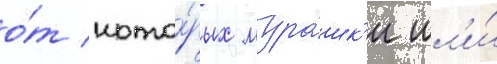
о́т кото́рых мура́шк'и шл'и́